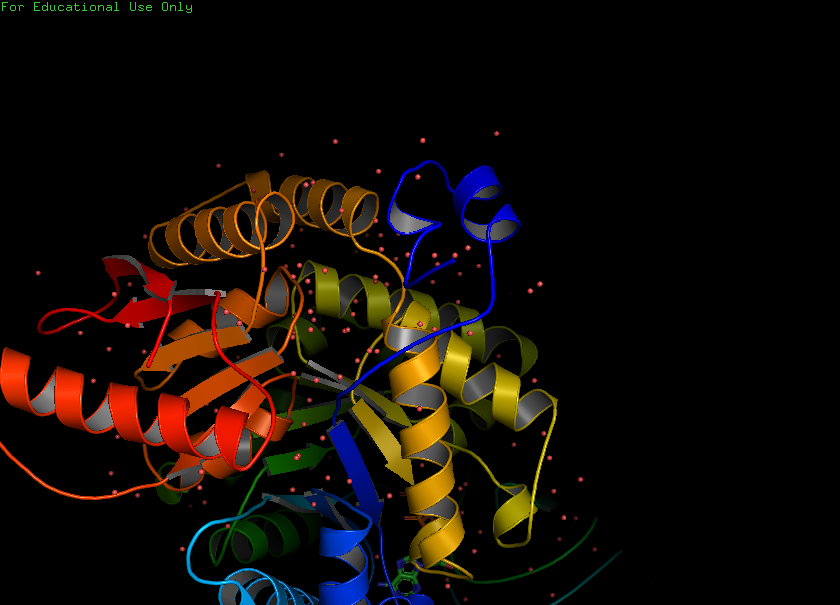
pymol, preset, pub_solv